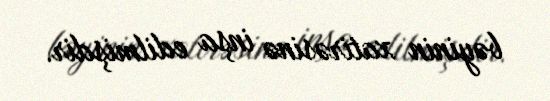
bəyinin xatirəsinə inşa edilmişdir.